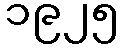
၁၉၂၅